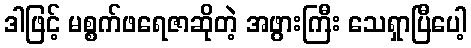
ဒါဖြင့် မစ္စက်ဖရေဇာဆိုတဲ့ အဖွားကြီး သေရှာပြီပေါ့